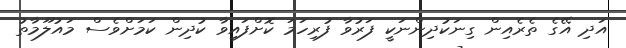
އަދި އޭގެ ތެރެއިން ގިނަކުދިންނަކީ ފަރުވާ ފުރިހަމަ ކޮށްފައިވާ ކުދިން ކަމަށްވެސް މައުލޫމާތު